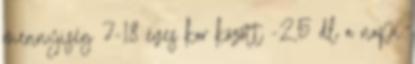
mennyiség 7-18 éves kor között -2,5 dl a napi